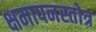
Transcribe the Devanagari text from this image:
क्षमापनस्तोत्र